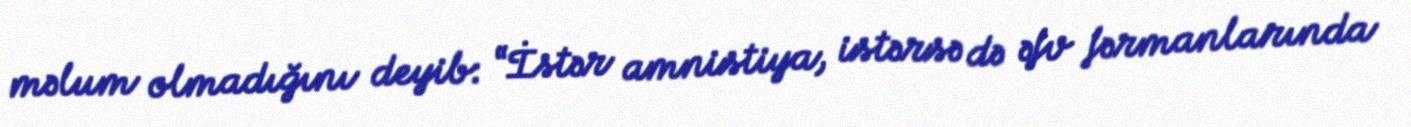
məlum olmadığını deyib: “İstər amnistiya, istərsə də əfv fərmanlarında